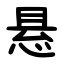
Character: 悬